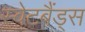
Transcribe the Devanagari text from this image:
स्वेटबैंड्स